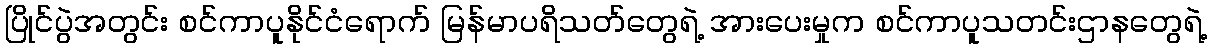
ပြိုင်ပွဲအတွင်း စင်ကာပူနိုင်ငံရောက် မြန်မာပရိသတ်တွေရဲ့ အားပေးမှုက စင်ကာပူသတင်းဌာနတွေရဲ့